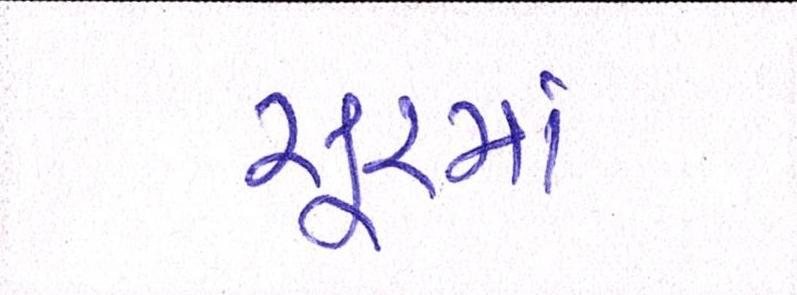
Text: સૂરમાં